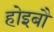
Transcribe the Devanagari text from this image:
होइबौ